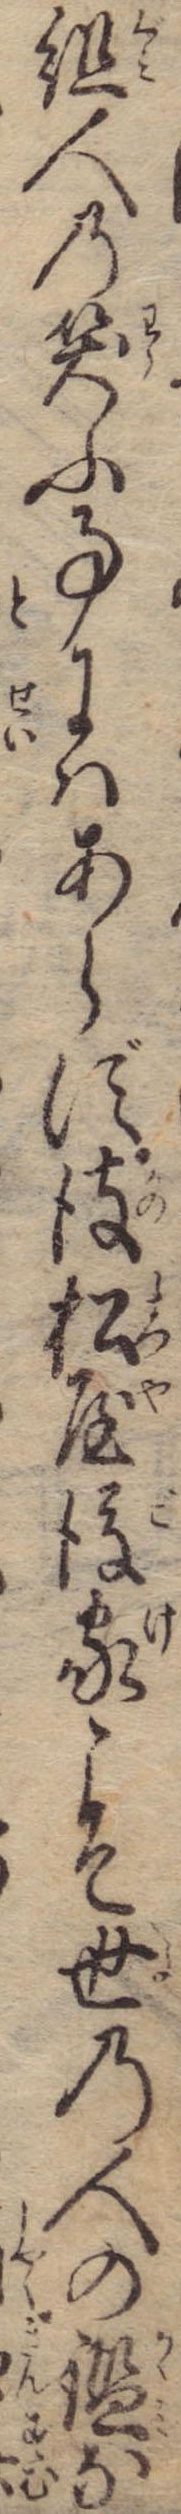
組人の笑ふ事にはあらず彼松屋後家こそ世の人の鑑な